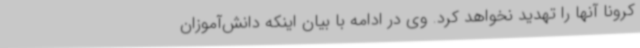
کرونا آنها را تهدید نخواهد کرد. وی در ادامه با بیان اینکه دانش‌آموزان